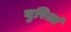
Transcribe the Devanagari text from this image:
बुरिआं